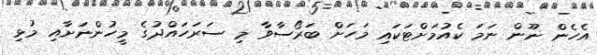
އެހެން ނޫން ނަމަ ކެއުމަށްޓަކައި މަހަށް ބަރޯސާވާ މި ސަރަހައްދުގެ މީހުންނަށާއި މުޅި